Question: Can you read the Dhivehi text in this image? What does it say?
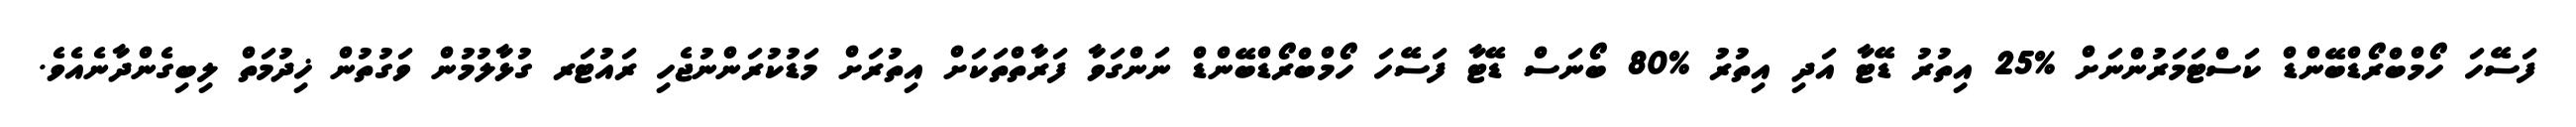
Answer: ފަސޭހަ ހޯމްބްރޯޑްބޭންޑް ކަސްޓަމަރުންނަށް %25 އިތުރު ޑޭޓާ އަދި އިތުރު %80 ބޯނަސް ޑޭޓާ ފަސޭހަ ހޯމްބްރޯޑްބޭންޑް ނަންގަވާ ފަރާތްތަކަށް އިތުރަށް މަޑުކުރަންނުޖެހި ރައުޓަރ ގުޅާލުމުން ވަގުތުން ޚިދުމަތް ލިބިގެންދާނެއެވެ.